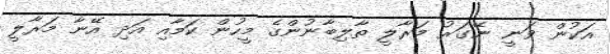
އަކުން ވަނީ ނޭގަރު މަރާލީ ތާލިބާނުންގެ މީހުން ކަމާއި އަދި އޭނާ މަރާލީ